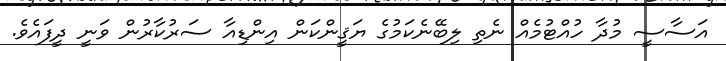
އަސާސީ މުދާ ހުއްޓުމެއް ނެތި ލިބޭނެކަމުގެ ޔަޤީންކަން އިންޑިއާ ސަރުކާރުން ވަނީ ދީފައެވެ.